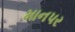
માનપર